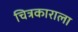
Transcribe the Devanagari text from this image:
चित्रकाराला